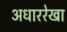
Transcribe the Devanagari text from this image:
अधाररेखा